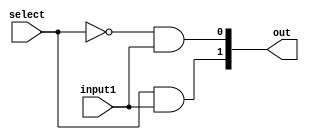
module demultiplexer_1to2(out, input1, select);


output [1:0]out;

input input1, select;

assign out[0] = ~(select) & input1;
assign out[1] = (select) & input1;

endmodule


module demultiplexer_1to2_test;

  //inputs
  reg input1;
  reg select;

  //outputs
  wire [1:0]out;

  //instantiat unit under test
  demultiplexer_1to2 mp(.out(out), .input1(input1), .select(select));

  initial begin
  
    select = 1'b0;
    input1 = 1'b1;  
  
  end

    always #2  select = select + 1'b1;
    always #1  input1 = input1 + 1'b1;


  initial begin
    $dumpfile("demultiplexer_1to2.vcd");
    $dumpvars(0, demultiplexer_1to2_test);
    $monitor("time = %g, out = %b, input1 = %b, select = %b", $time, out, input1, select);
  end
  initial #10 $finish; 


endmodule